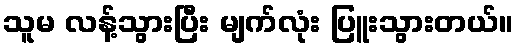
သူမ လန့်သွားပြီး မျက်လုံး ပြူးသွားတယ်။